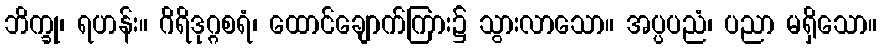
ဘိက္ခု၊ ရဟန်း။ ဂိရိဒုဂ္ဂစရံ၊ ထောင်ချောက်ကြား၌ သွားလာသော။ အပ္ပပညံ၊ ပညာ မရှိသော။